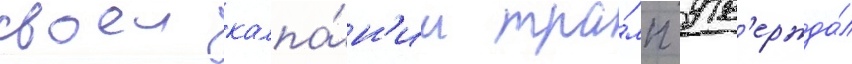
своеи кампа́н'ии тра́мп утв'ержда́л